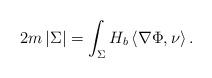
LaTeX: \begin{align*}2m\left\vert \Sigma\right\vert =\int_{\Sigma}H_{b}\left\langle \nabla\Phi,\nu\right\rangle . \end{align*}